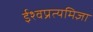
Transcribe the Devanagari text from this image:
ईश्वप्रत्यमिज्ञा